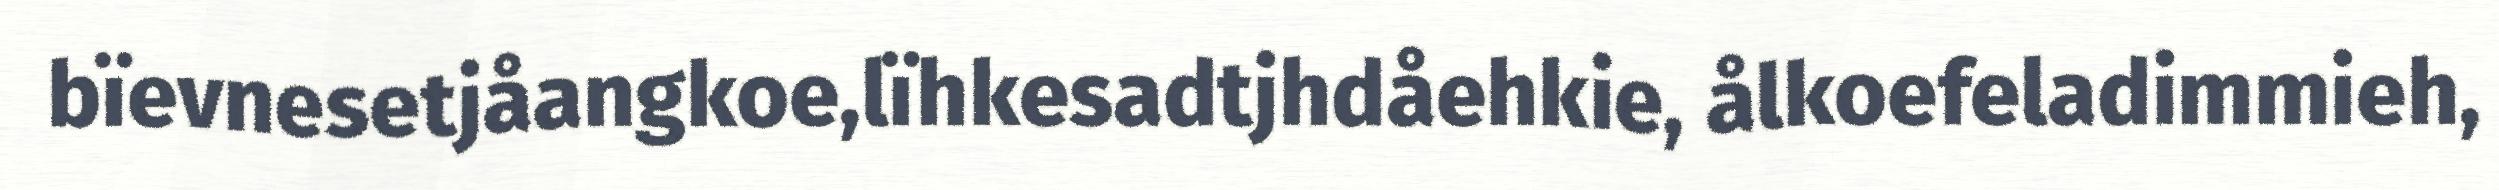
bïevnesetjåangkoe,lïhkesadtjhdåehkie, ålkoefeladimmieh,